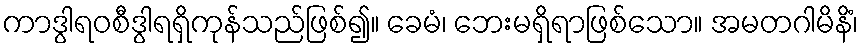
ကာဒွါရဝစီဒွါရရှိကုန်သည်ဖြစ်၍။ ခေမံ၊ ဘေးမရှိရာဖြစ်သော။ အမတဂါမိနိံ၊